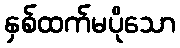
နှစ်ထက်မပိုသော